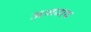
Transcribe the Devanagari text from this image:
अजवाय